Civil Veterinary Dept. North-West Frontier Province 1933-46 - 1933-1946
Year: 1933
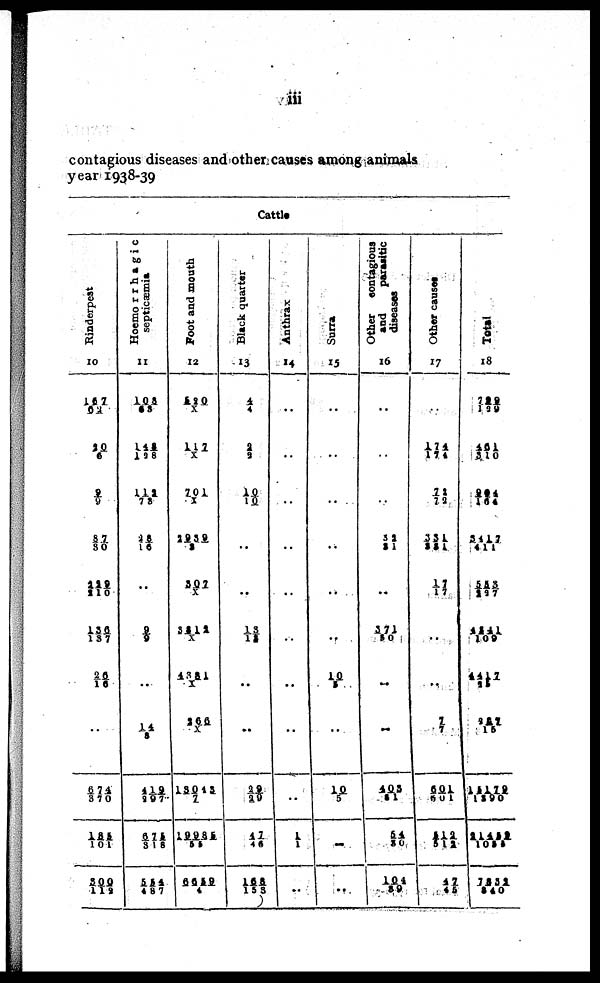
iii
contagious diseases and other causes among animals
year 1938-39
Cattle
Rinderpest
10
167/62
20/6
9/9
87/30
229/210
136/137
26/16
..
674/370
185/101
300/112
Hoemorrhagic
septicæmia
11
108/63
143/128
112/78
28/16
..
9/9
..
14/8
419/297
675/318
554/487
Foot and mouth
12
520/X
117/ X
701/X
2939/2
307/ X
3812/X
4381/X
...
13043/7
19985/55
6659/4
Black quarter
13
4/4
2/2
10/10
..
..
13/13
..
..
29/29
47/46
168/153
Anthrax
14
..
..
..
..
..
..
..
..
..
1/1
..
Surra
15
..
..
..
..
..
..
10/5
..
10/5
...
.
Other
contagious
and
parasitic
diseases
16
..
..
..
32/ 31
..
371/30
..
..
403/51
54/30
104/39
Other causes
17
..
174/174
72/72
331/231
17/17
..
..
7/7
601/601
512/512
47/45
Total
18
729/129
461/310
294/164
3417/411
553/227
4241/109
4412/25
967/15
15179/1590
21452/1054
7252/340